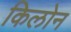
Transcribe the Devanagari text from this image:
किलोन